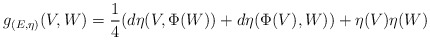
\begin{align*}g_{(E,\eta)}(V,W)=\dfrac{1}{4}(d\eta(V,\Phi(W))+d\eta(\Phi(V),W))+\eta(V)\eta(W)\end{align*}